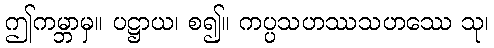
ဤကမ္ဘာမှ။ ပဋ္ဌာယ၊ စ၍။ ကပ္ပသဟဿသဟဿေ သု၊